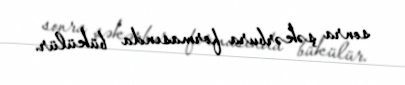
sonra şəkərbura formasında bükülür.